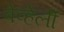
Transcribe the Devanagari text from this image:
बेव्हेर्ली